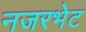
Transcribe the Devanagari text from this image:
नजरभेट